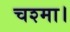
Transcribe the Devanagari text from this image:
चश्मा।